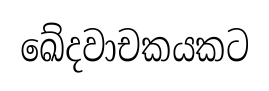
ඛේදවාචකයකට